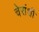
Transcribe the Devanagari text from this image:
चेरांशी